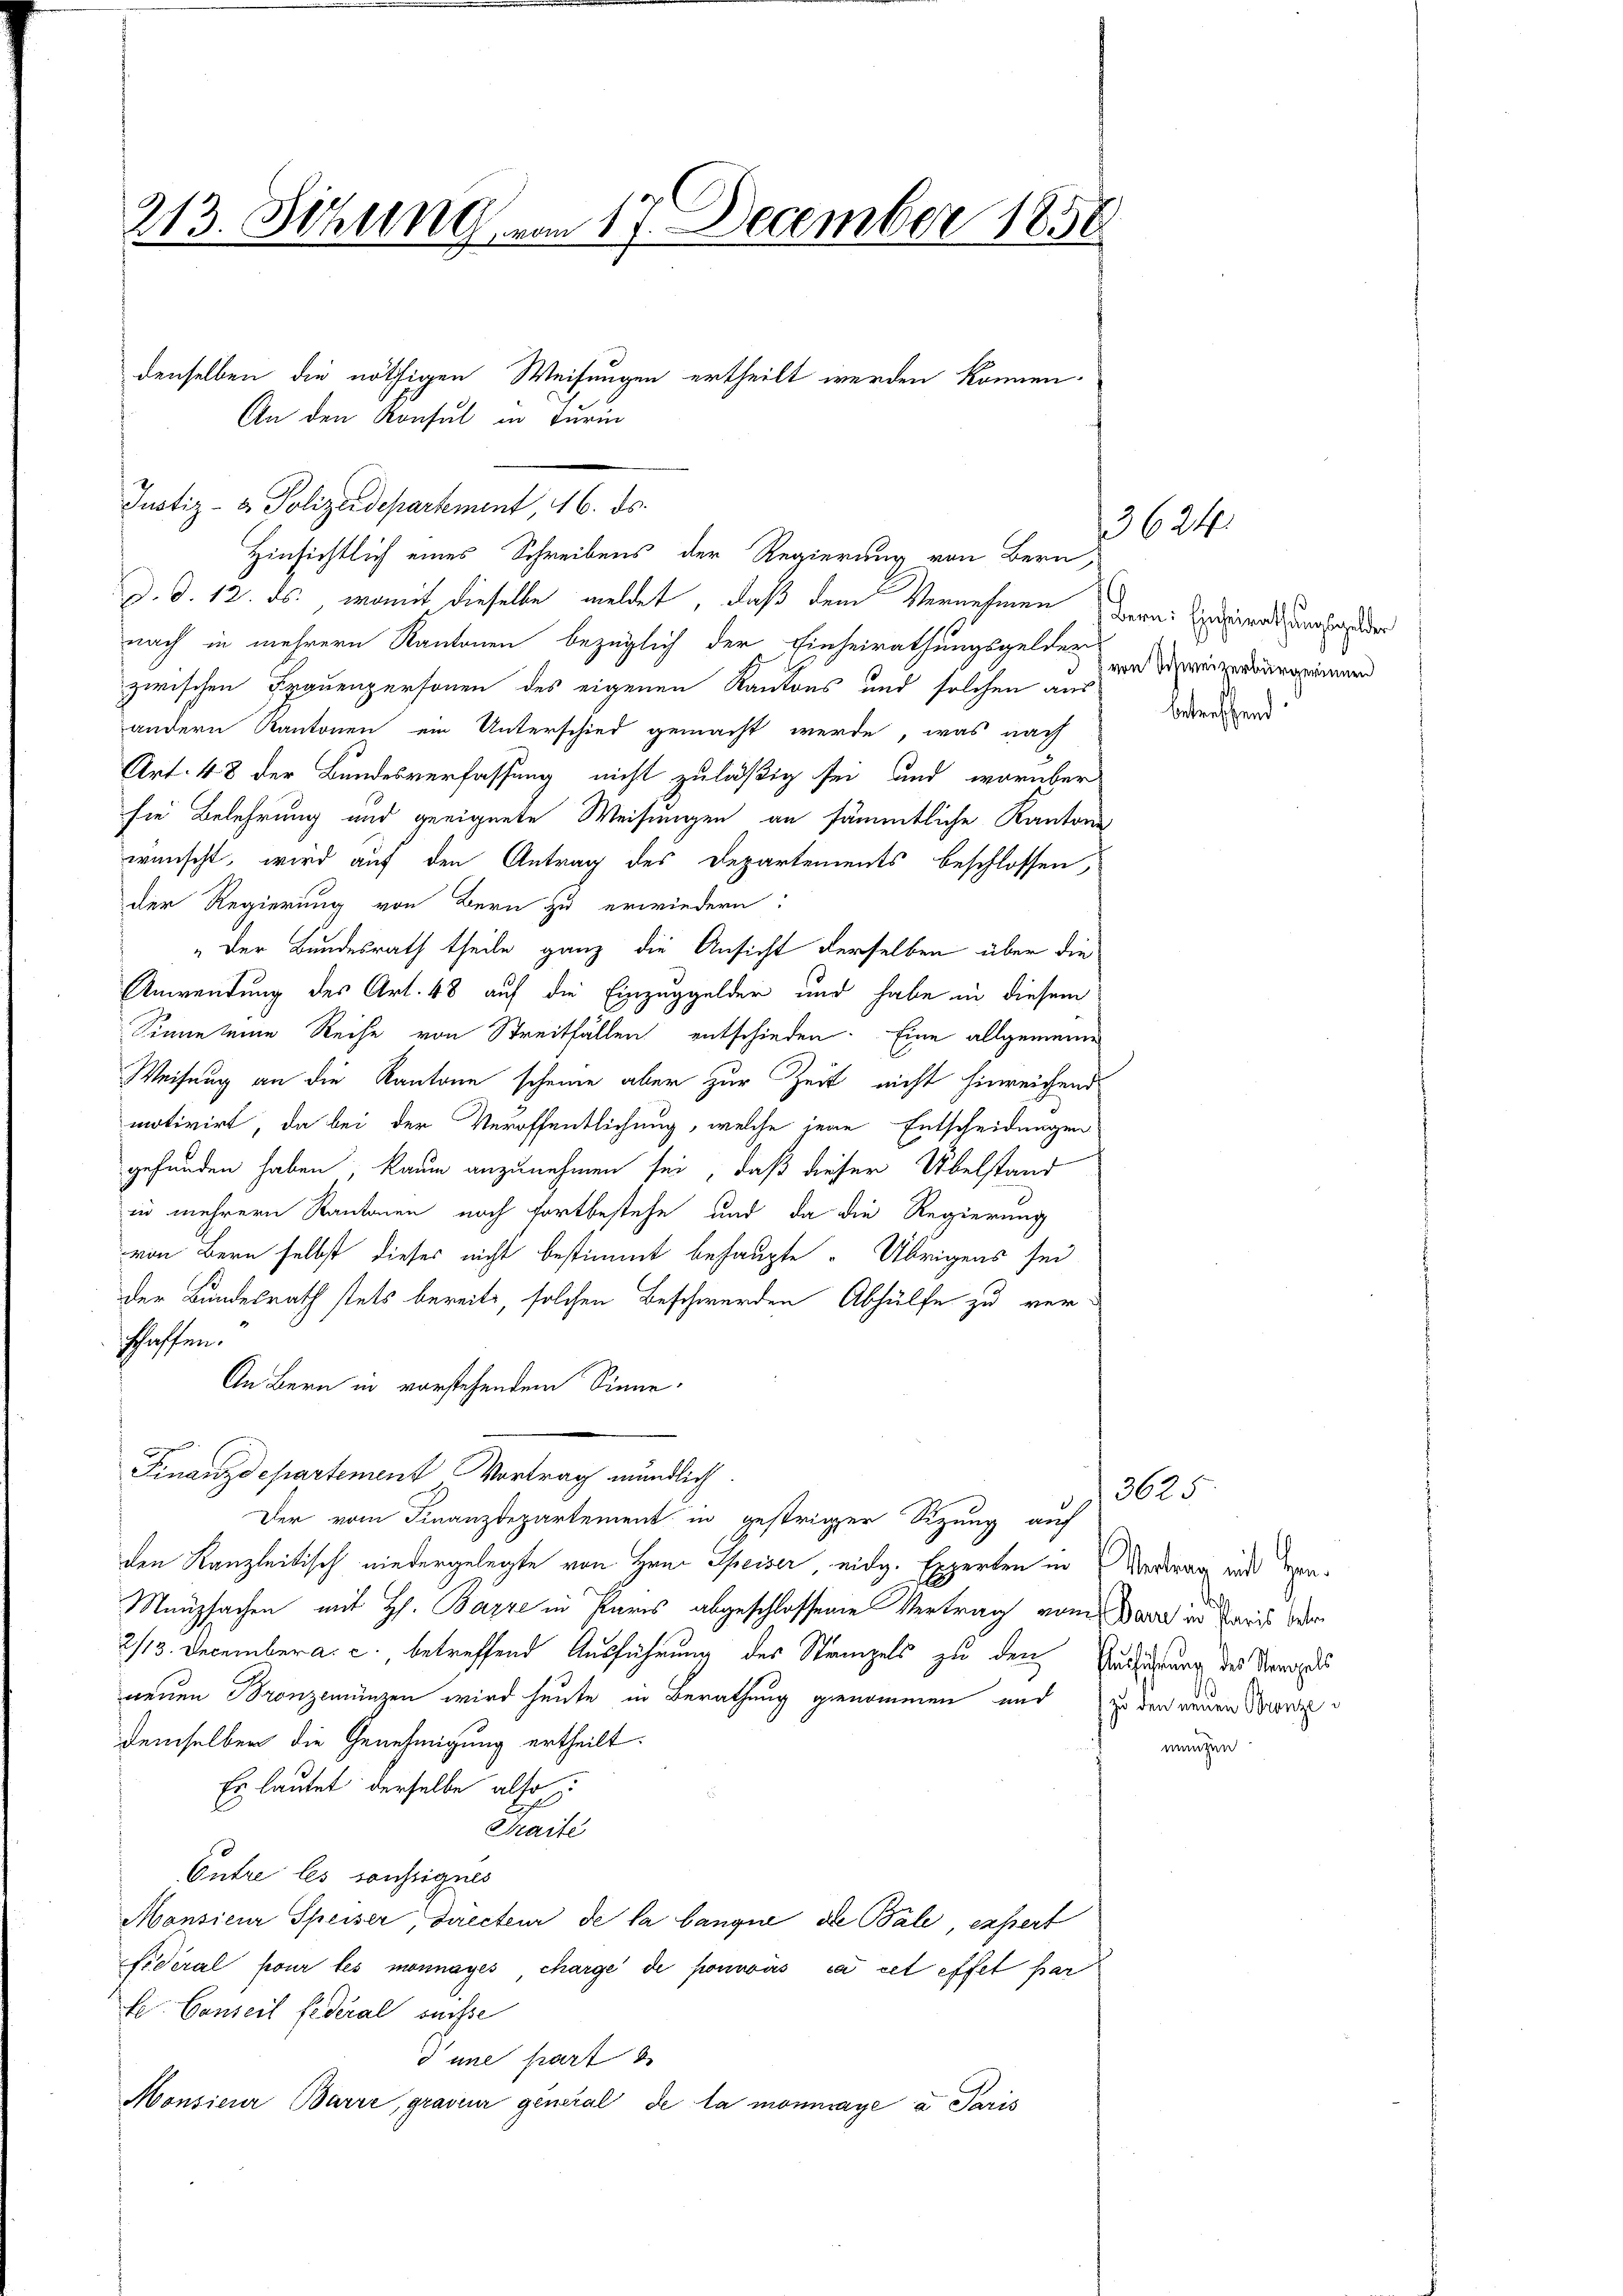
213. Sitzung vom 17. December 1858

Hinsichtlich eines Schreibens der Regierung von Bern,
d. d. 12. ds., womit dieselbe meldet, daß dem Vernehmen Bern: Einsinnt, unerhander
nach in mehrern Kantonen bezüglich der Einheirathungsgelder
zwischen Frauenpersonen des eigenen Kantons und solchen aus
andern Kantonen ein Unterschied gemacht werde, was nach
Art. 48 der Bundesverfassung nicht zuläßig sei und worüber
sie Belehrung und geeignete Weisungen an sämmtliche Kantons
wünscht, wird auf den Antrag des Departements beschlossen,
der Regierung von Bern zu erwiedern:
" Der Bundesrath theile ganz die Ansicht derselben über die
Anwendung des Art. 48 auf die Einzuggelder und habe in diesem
Sinne seine Reihe von Streitfällen entschieden. Eine allgemeine
Weisung an die Kantone scheine aber zur Zeit nicht hinreichend
motivirt, da bei der Veröffentlichung, welche jene Entscheidungen
f
gefunden haben, kaum anzunehmen sei, daß dieser Übelstand
in mehrern Kantonen noch fortbestehe und da die Regierung
von Bern selbst dieser nicht bestimmt behaupte. Übrigens sei
der Bundesrath stets bereits, solchen Beschwerden Abhülfe zu verschaffen.
An Bern in vorstehendem Sinne.
Finanzdepartement Vortrag mündlich.
Der vom Finanzdepartement in gestriger Sitzung auf
den Kanzleitisch wiedergelegte von Hrn. Speiser eidg. Experten in Vertrag und wegen¬
Manzsachen mit H. Bazze in Paris abgeschlossene Vertrag vom Sara und Paris der
2/13. December a. c., betreffend Ausführung des Stampels zu den Erklärung des Verordes
nenen Bronzemünzen wird heute in Berathung genommen und zu der neuen Grenz
demselben die Genehmigung ertheilt.
Es lautet derselbe also
Saite
Entre les sonstignes
Mansieur Speiser, directeur de la bange die Bale, expert
fideral pour les monnages, charge de fonwäs cas cet effet par
Ee. Conseil federal Suisse
d une part
Monsieur Barre, graveur general de la monmaye a Paris

An den Konsul in Turi
Justiz- & Polizeidepartement, 16. ds.

denselben die nöthigen Weisungen ertheilt werden können.

3624.

von Schweizerbürgerinnen

betreffend

3625.

mengen